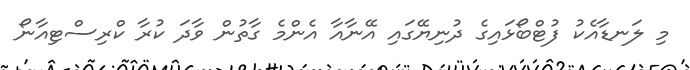
މި ލަނޑާއެކު ފުޓްބޯޅައިގެ ދުނިޔޭގައި އޭނާއާ އެންމެ ގާތުން ވާދަ ކުރާ ކްރިސްޓިއާނޯ